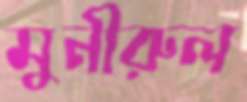
মুনীরুল